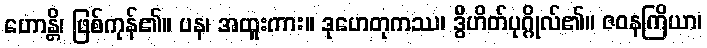
ဟောန္တိ၊ ဖြစ်ကုန်၏။ ပန၊ အထူးကား။ ဒုဟေတုကဿ၊ ဒွိဟိတ်ပုဂ္ဂိုလ်၏။ ဇဝနကြိယာ၊